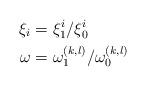
LaTeX: \begin{align*}\xi_i &= {\xi_1^i}/{\xi_0^i} \\\omega &= {\omega_1^{(k,l)}}/{\omega_0^{(k,l)}}\end{align*}